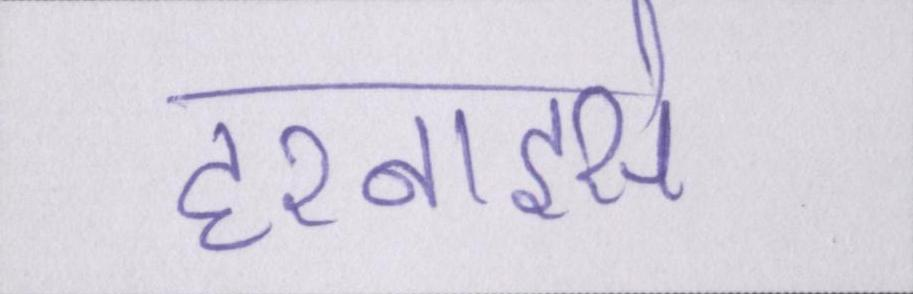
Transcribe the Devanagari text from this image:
हरनाइसे